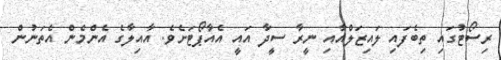
ރިސޯޓުގައި ތިބެފައި ލައިޒަލްއާއި ނީރާ ސީދާ އައީ އެއާޕޯޓަށެވެ. އާއިލާގެ އެންމެން އެތަނުން